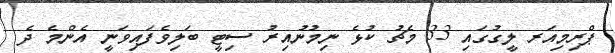
ޕްރިމިއަރ ލީގުގައި 33 މެޗު ކުޅެ ނިމުނުއިރު ސިޓީ ބަލިވެފައިވަނީ އެންމެ ދެ